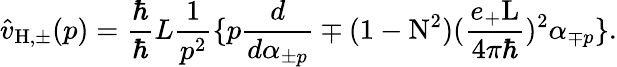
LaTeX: \hat{v}_{\mathrm{H,\pm}}(p)=\frac{\hbar}{\hbar}{L}\frac{1}{p^{2}}\{ p\frac{d}{d{\alpha}_{\pm p}}\mp(1-\mathrm{N}^{2})(\frac{e_{+}\mathrm{L}}{4{\pi}{\hbar}})^{2}{\alpha}_{\mp p}\} .